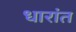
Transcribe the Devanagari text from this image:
धारांत